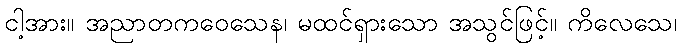
ငါ့အား။ အညာတကဝေသေန၊ မထင်ရှားသော အသွင်ဖြင့်။ ကိလေသေ၊